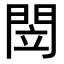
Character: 閚